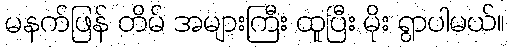
မနက်ဖြန် တိမ် အများကြီး ထူပြီး မိုး ရွာပါမယ်။